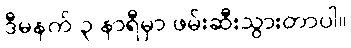
ဒီမနက် ၃ နာရီမှာ ဖမ်းဆီးသွားတာပါ။